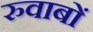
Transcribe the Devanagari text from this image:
रुवाबों